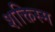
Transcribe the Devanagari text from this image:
शक्तिस्म